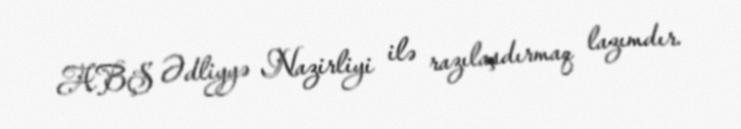
ABŞ Ədliyyə Nazirliyi ilə razılaşdırmaq lazımdır.